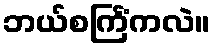
ဘယ်စင်္ကြံကလဲ။